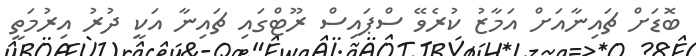
ބޮޑަށް ޗައިނާއަށް އަމާޒު ކުރެވޭ ސްޕައިސް ރޫޓްގައި ޗައިނާ އަކީ ދުރު އިރުމަތީ